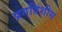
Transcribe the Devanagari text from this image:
प्रगतिशीस